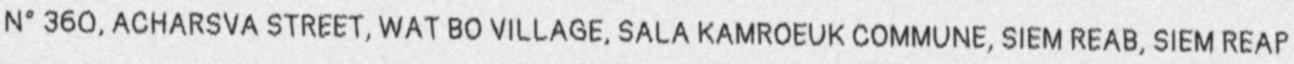
N° 360, ACHARSVA STREET, WAT BO VILLAGE, SALA KAMROEUK COMMUNE, SIEM REAB, SIEM REAP